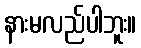
နားမလည်ပါဘူး။